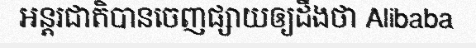
អន្តរជាតិបានចេញផ្សាយឲ្យដឹងថា Alibaba